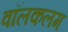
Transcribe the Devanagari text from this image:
वॉलकलम